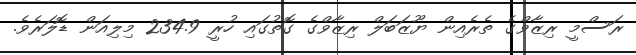
ރަސްމީ ރިޒާވްގެ ތެރެއިން ޔޫޒަބަލް ރިޒާވްގެ ގޮތުގައި ހުރީ 234.9 މިލިއަން ޑޮލަރެވެ.